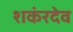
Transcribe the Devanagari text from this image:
शकंरदेव